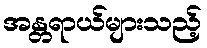
အန္တရာယ်များသည့်